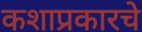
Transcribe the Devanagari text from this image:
कशाप्रकारचे